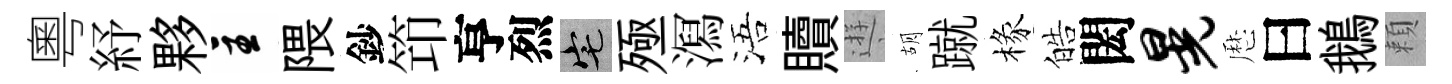
粵紓夥主隈鈔笻亨烈宅殛㵼浯贖逰胡蹴椽皓閎晃厯曰鵝頼